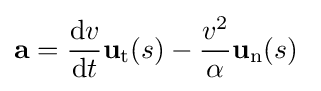
\mathbf {a} ={\frac {\mathrm {d} v}{\mathrm {d} t}}\mathbf {u} _{\mathrm {t} }(s)-{\frac {v^{2}}{\alpha }}\mathbf {u} _{\mathrm {n} }(s)\